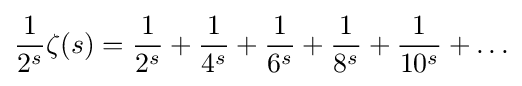
{\frac {1}{2^{s}}}\zeta (s)={\frac {1}{2^{s}}}+{\frac {1}{4^{s}}}+{\frac {1}{6^{s}}}+{\frac {1}{8^{s}}}+{\frac {1}{10^{s}}}+\ldots